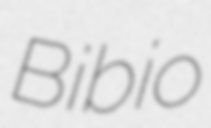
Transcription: Bibio